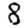
Digit: 8